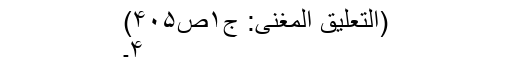
(التعلیق المغنی: ج۱ص۴۰۵)
۴۔